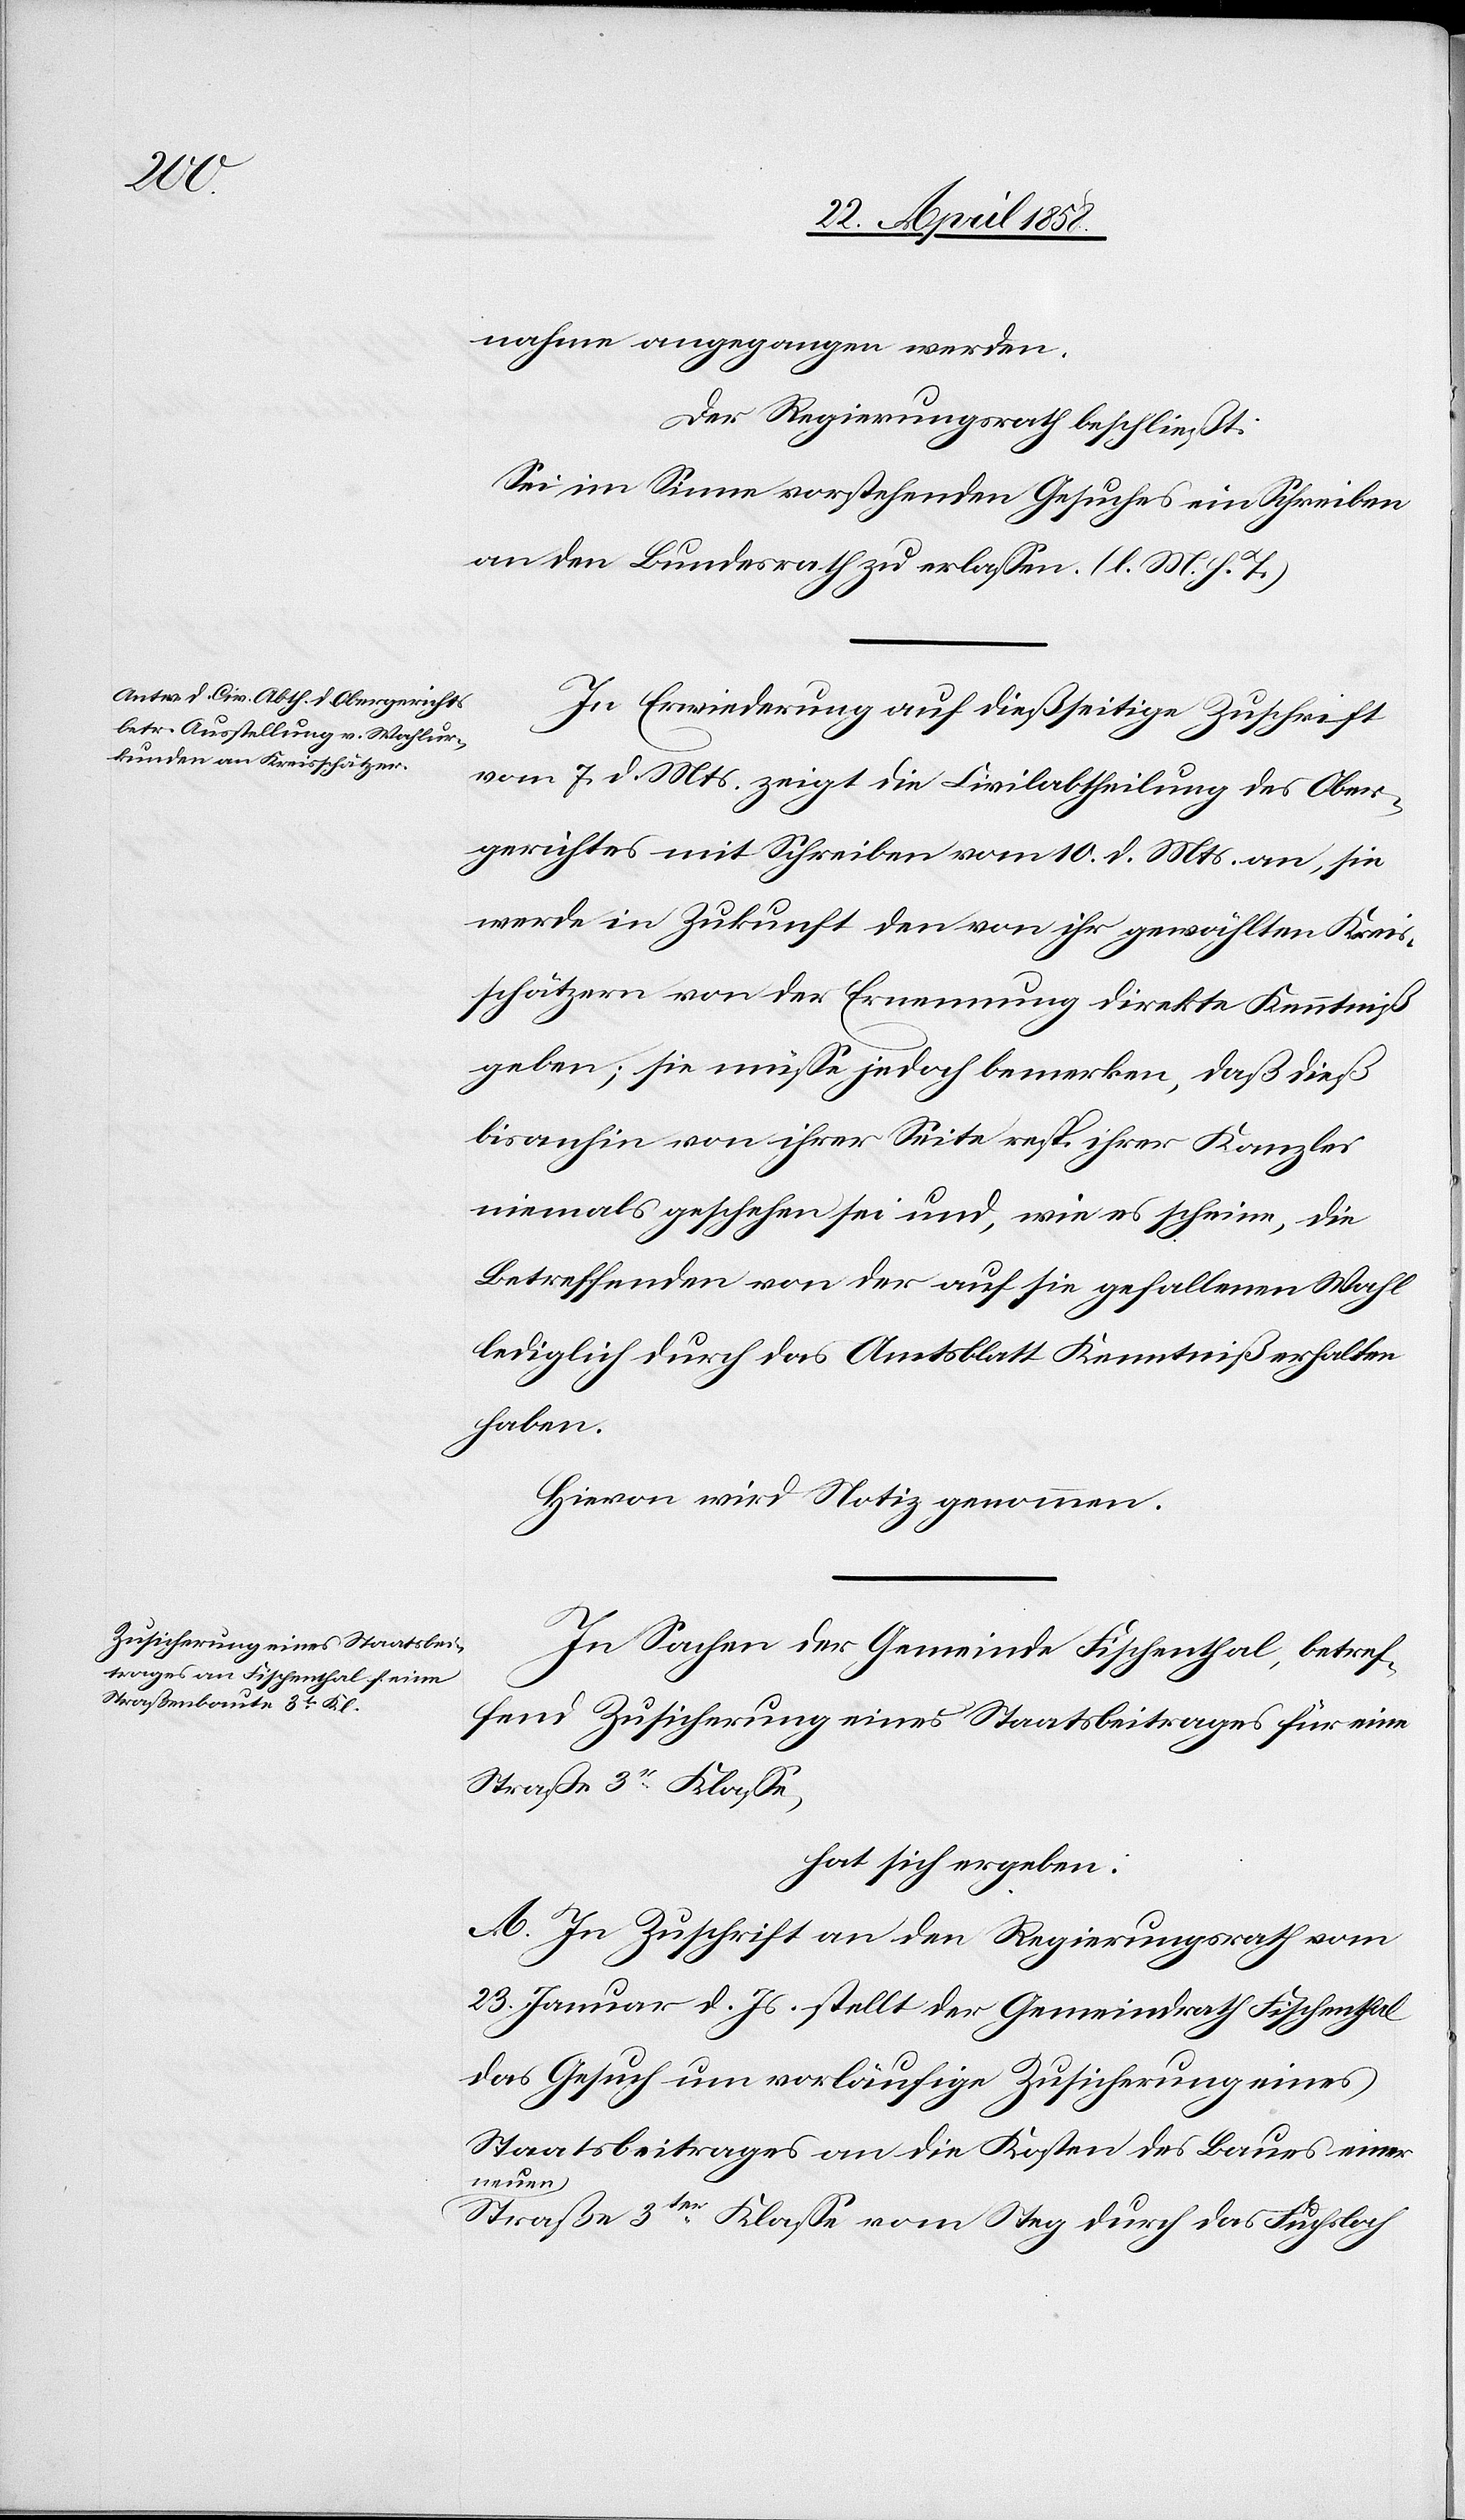
nahme angegangen werden.
Der Regierungsrath beschließt:
Sei im Sinne vorstehenden Gesuches ein Schreiben
an den Bundesrath zu erlassen. (l. M. h. T.)
In Erwiederung auf dießseitige Zuschrift
vom 7. d. Mts. zeigt die Civilabtheilung des Ober¬
gerichtes mit Schreiben vom 10. d. Mts. an, sie
werde in Zukunft den von ihr gewählten Kreis¬
schätzern von der Ernennung direkte Kenntniß
geben; sie müsse jedoch bemerken, daß dieß
bis anhin von ihrer Seite resp. ihrer Kanzlei
niemals geschehen sei und, wie es scheine, die
Betreffenden von der auf sie gefallenen Wahl
lediglich durch das Amtsblatt Kenntniß erhalten
haben.
Hievon wird Notiz genommen.
In Sachen der Gemeinde Fischenthal, betref¬
fend Zusicherung eines Staatsbeitrages für eine
Straße 3r Klasse,
hat sich ergeben:
A. In Zuschrift an den Regierungsrath vom
23. Januar d. Js. stellt der Gemeindrath Fischenthal
das Gesuch um vorläufige Zusicherung eines
Staatsbeitrages an die Kosten des Baues einer
neuen
Straße 3ter Klasse vom Steg durch das Fuchsloch